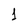
Character: 1